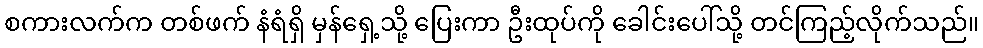
စကားလက်က တစ်ဖက် နံရံရှိ မှန်ရှေ့သို့ ပြေးကာ ဦးထုပ်ကို ခေါင်းပေါ်သို့ တင်ကြည့်လိုက်သည်။